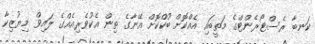
ކަނބާ ރެސްޓޯރެންޓްގެ މަތީބައި އެއްކޮށް ބުކްކޮށް އޭނާގެ ތިން އެކުވެރިއެއްގެ ލައިވް މިޔުޒިކާ